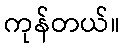
ကုန်တယ်။